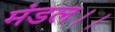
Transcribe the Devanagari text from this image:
मंडल।।